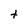
Character: t